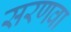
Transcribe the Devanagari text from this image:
सरणवा